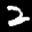
Label: 2